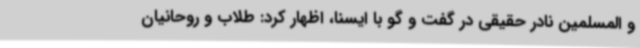
و المسلمین نادر حقیقی در گفت و گو با ایسنا، اظهار کرد: طلاب و روحانیان